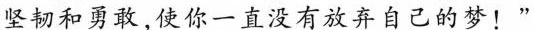
坚韧和勇敢，使你一直没有放弃自己的梦！”